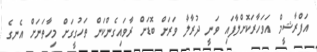
އަފްރާޝީމް އަވަހާރަކޮށްލާފައި ވަނީ ދުރާލާ ވަރަށް ބޮޑަށް ރާވައިގެންކަން ތަހުގީގަށް މިހާތަނަށް އެނގެ